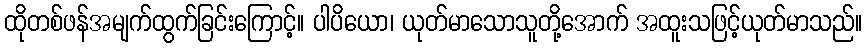
ထိုတစ်ဖန်အမျက်ထွက်ခြင်းကြောင့်။ ပါပိယော၊ ယုတ်မာသောသူတို့အောက် အထူးသဖြင့်ယုတ်မာသည်။